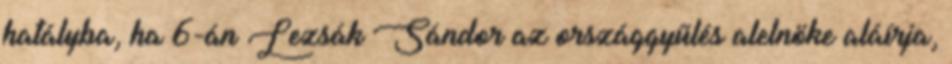
hatályba, ha 6-án Lezsák Sándor az országgyűlés alelnöke aláírja,